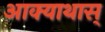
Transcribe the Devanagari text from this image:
आक्याथास्